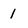
Character: 1